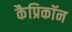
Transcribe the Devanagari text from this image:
कैप्रिकॉन